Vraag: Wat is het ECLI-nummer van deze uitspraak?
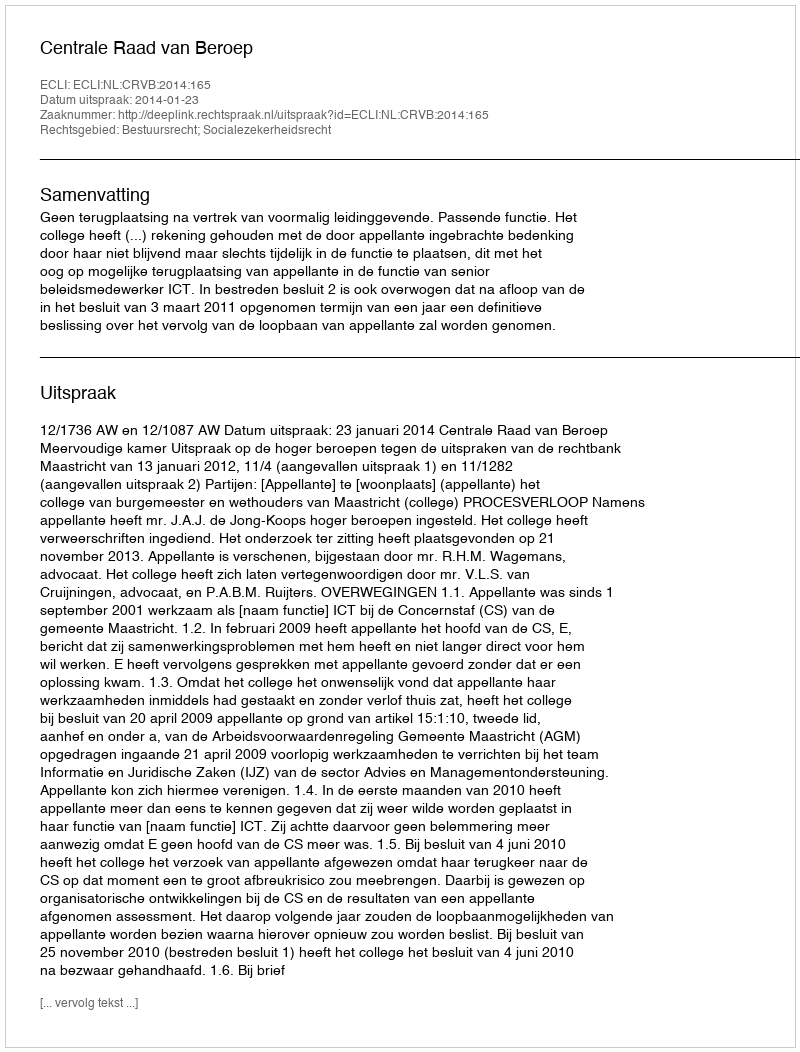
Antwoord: ECLI:NL:CRVB:2014:165